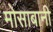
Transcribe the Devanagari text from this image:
मोसाबानी